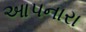
આપનારા